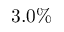
3 . 0 \%